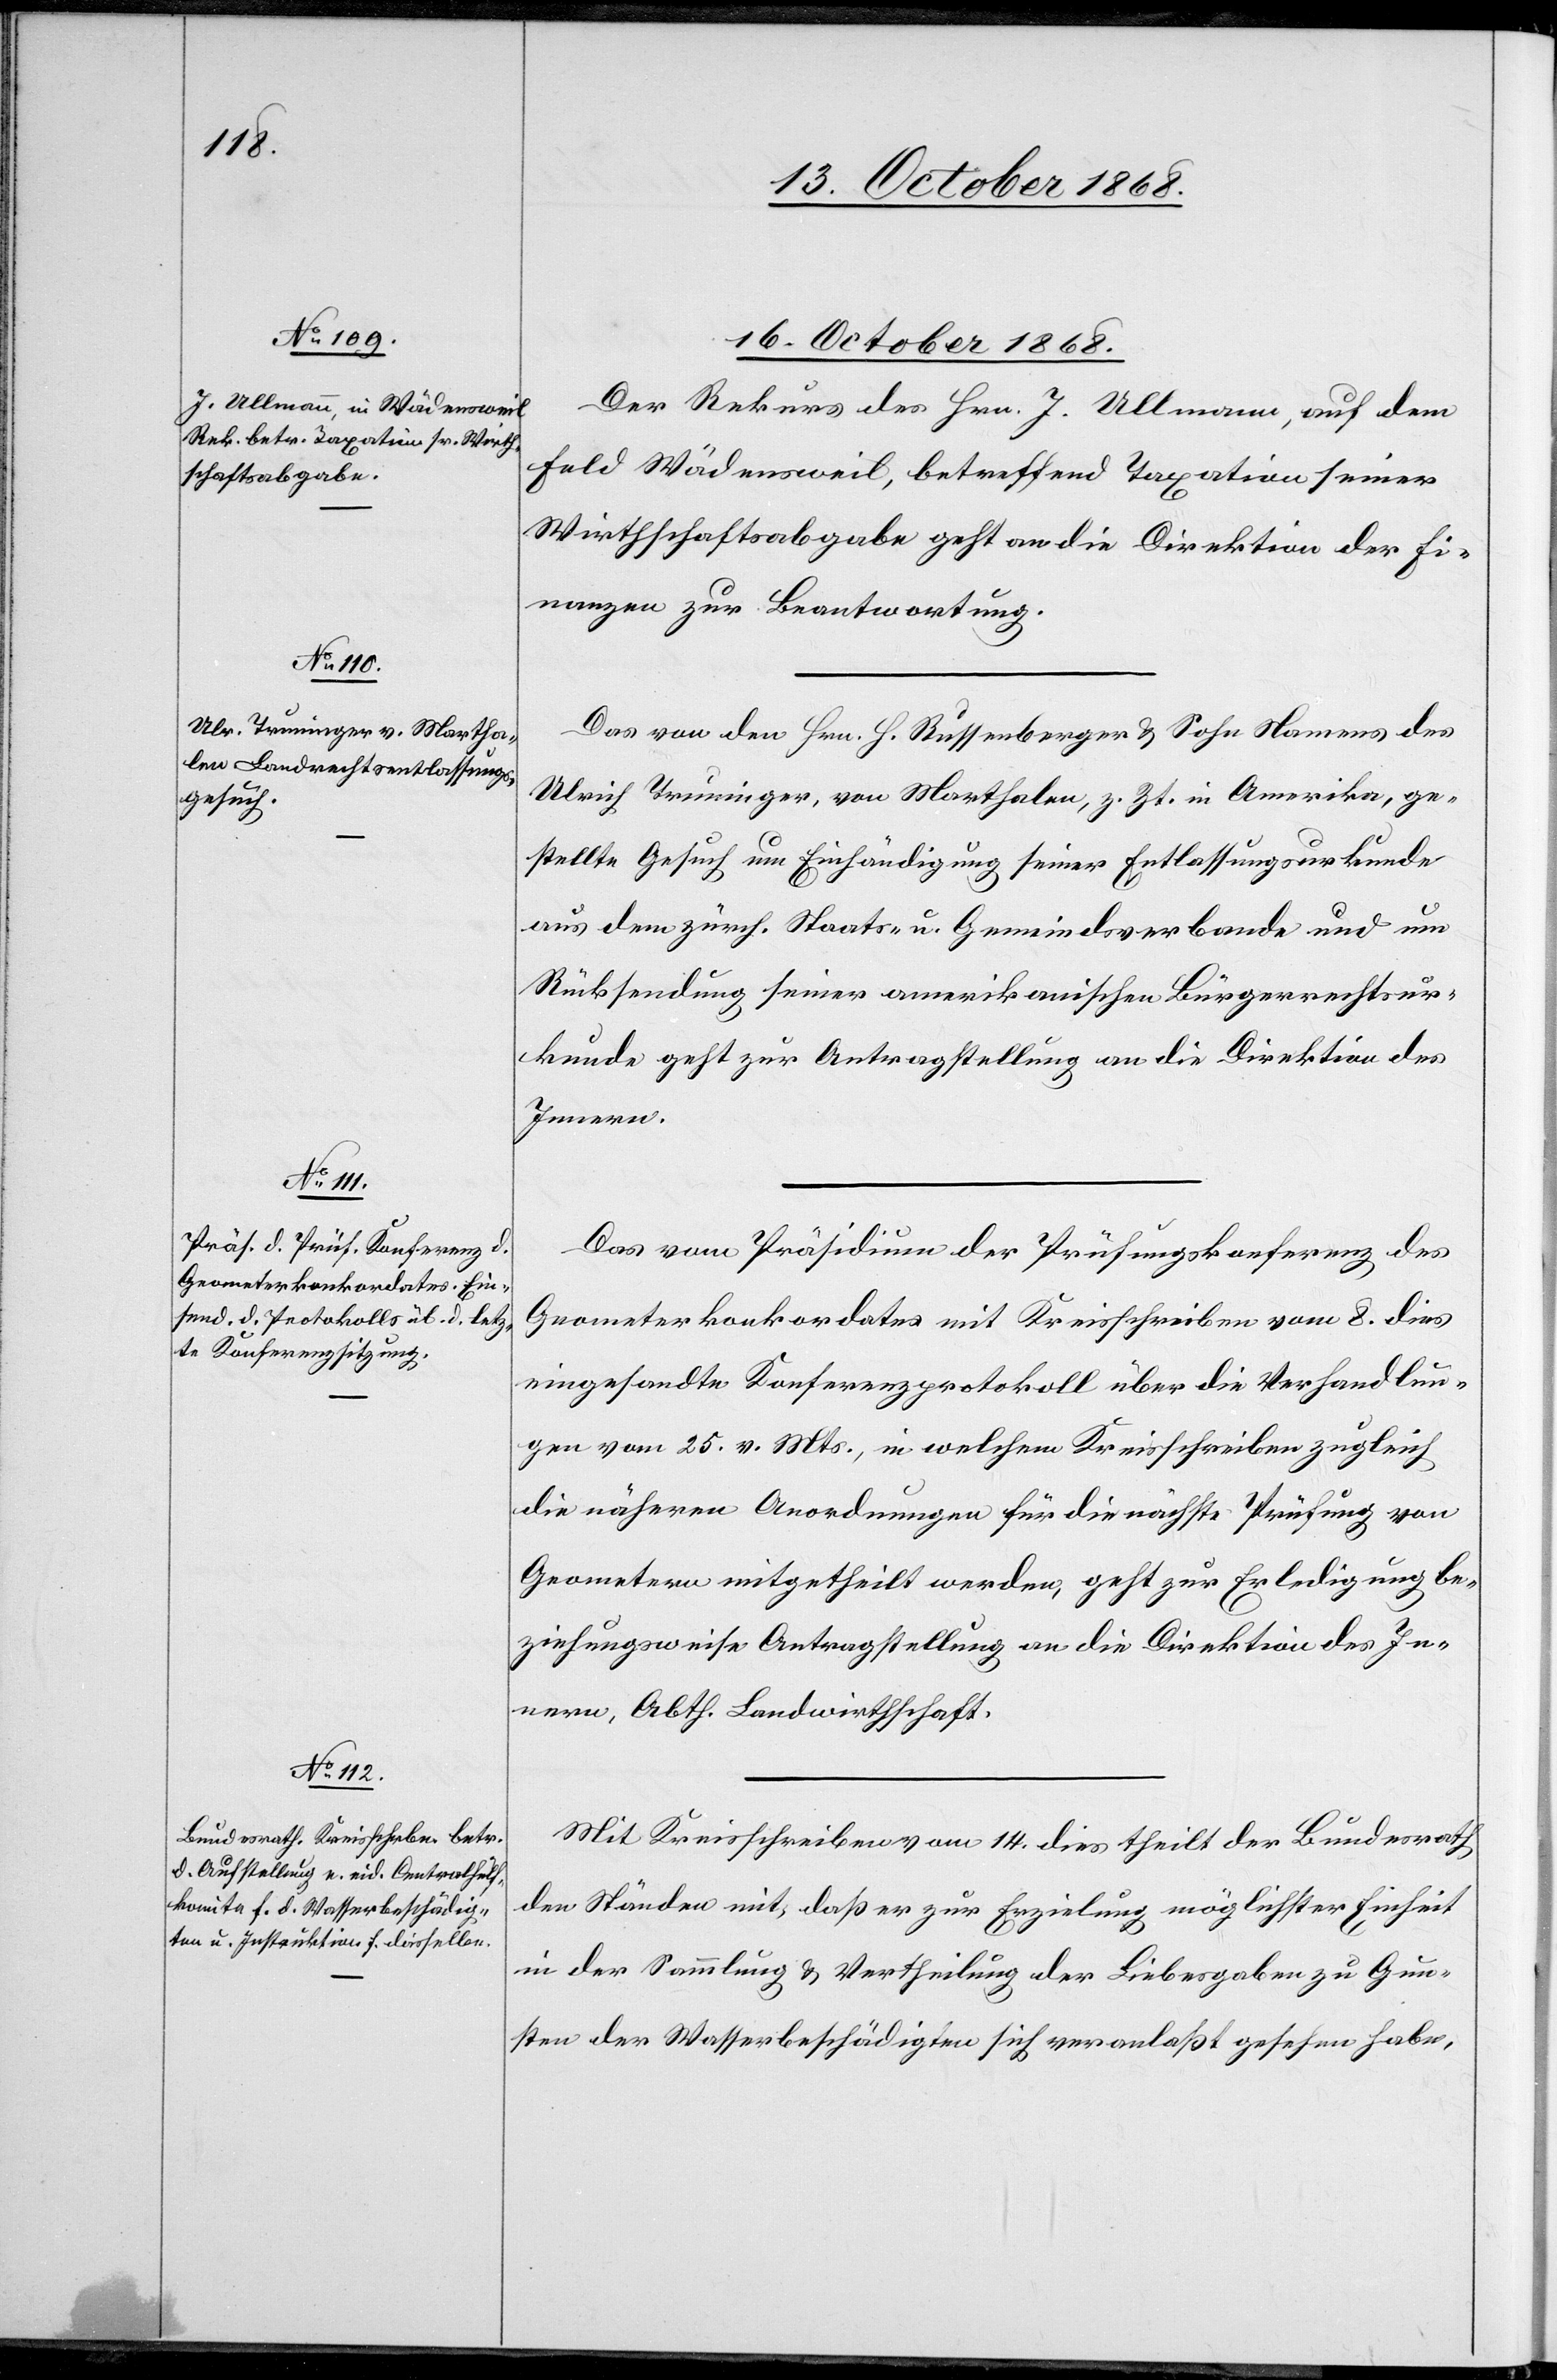
16. October 1868.]
16. October 1868.
Der Rekurs des Hrn. J. Ullmann, auf dem
Feld Wädensweil, betreffend Taxation seiner
Wirthschaftsabgabe geht an die Direktion der Fi¬
nanzen zur Beantwortung.
Das von den Hrn. H. Russenberger & Sohn Namens des
Ulrich Truninger, von Marthalen, z. Zt. in Amerika, ge¬
stellte Gesuch um Einhändigung seiner Entlassungsurkunde
aus dem zürch. Staats- u. Gemeindsverbande und um
Rücksendung seiner amerikanischen Bürgerrechtsur¬
kunde geht zur Antragstellung an die Direktion des
Innern.
Das vom Präsidium der Prüfungskonferenz des
Geometerkonkordates mit Kreisschreiben vom 8. dies
eingesandte Konferenzprotokoll über die Verhandlun¬
gen vom 25. v. Mts., in welchem Kreisschreiben zugleich
die näheren Anordnungen für die nächste Prüfung von
Geometern mitgetheilt werden, geht zur Erledigung be¬
ziehungsweise Antragstellung an die Direktion des In¬
nern, Abth. Landwirthschaft.
Mit Kreisschreiben vom 14. dies theilt der Bundesrath
den Ständen mit, daß er zur Erzielung möglichster Einheit
in der Sammlung & Vertheilung der Liebesgaben zu Gun¬
sten der Wasserbeschädigten sich veranlaßt gesehen habe,